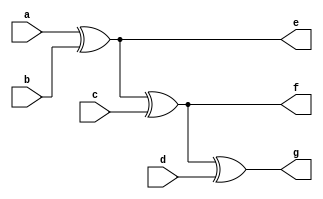
`timescale 1ns / 1ps
//////////////////////////////////////////////////////////////////////////////////
// Company: 
// Engineer: 
// 
// Design Name: 
// Module Name: or_four
// Project Name: 
// Target Devices: 
// Tool Versions: 
// Description: 
// 
// Dependencies: 
// 
// Revision:
// Revision 0.01 - File Created
// Additional Comments:
// 
//////////////////////////////////////////////////////////////////////////////////


module inv(
    input a,
    input b,
    input c,
    input d,
    output e,
    output f,
    output g
);

assign e = (a^b);
assign f = ((a^b)^c);
assign g = (((a^b)^c)^d);

endmodule